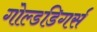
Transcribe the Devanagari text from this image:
गोल्डडिगर्स